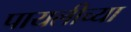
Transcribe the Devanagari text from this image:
पायलीच्या